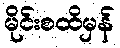
မိုင်းစထိမှန်